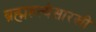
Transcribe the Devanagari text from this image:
ब्रह्महत्येसारखी